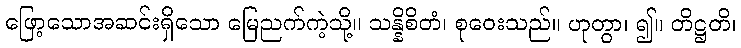
ဖြော့သောအဆင်းရှိသော မြေညက်ကဲ့သို့။ သန္နိစိတံ၊ စုဝေးသည်။ ဟုတွာ၊ ၍။ တိဋ္ဌတိ၊